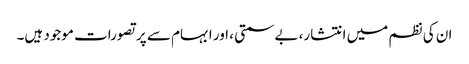
ان کی نظم میں انتشار، بے سمتی ، اور ابہام سے پر تصورات موجود ہیں۔